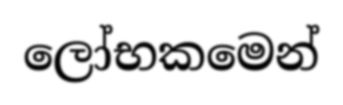
ලෝභකමෙන්